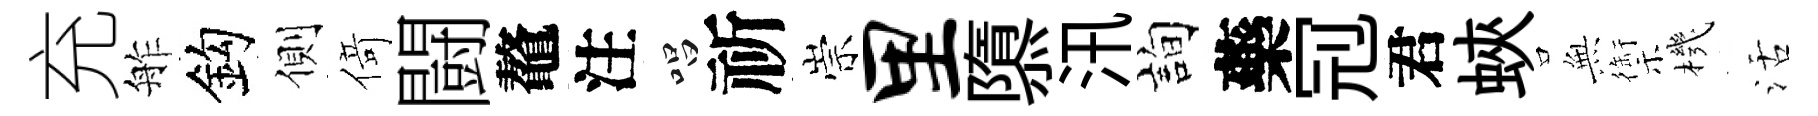
充舴鈎側𠋣闘鼇注唱祈崇里隳汛詢藥𠜍君蛺𭴾禦機活